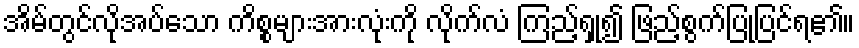
အိမ်တွင်လိုအပ်သော ကိစ္စများအားလုံးကို လိုက်လံ ကြည့်ရှု၍ ဖြည့်စွက်ပြုပြင်ရ၏။